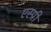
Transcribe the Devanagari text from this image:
एस्प्री